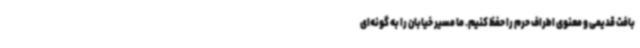
بافت قدیمی و معنوی اطراف حرم را حفظ کنیم. ما مسیر خیابان را به گونه‌ای